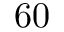
6 0